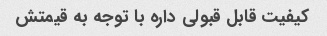
کیفیت قابل قبولی داره با توجه به قیمتش